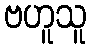
ဗဟူသူ